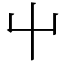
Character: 屮